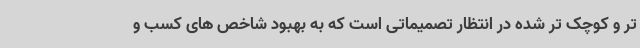
تر و کوچک تر شده در انتظار تصمیماتی است که به بهبود شاخص های کسب و